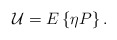
\begin{align*}{\mathcal U} = E\left\{\eta P \right \}.\end{align*}